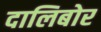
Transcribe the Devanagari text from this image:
दालिबोर